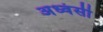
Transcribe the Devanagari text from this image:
अध्वंसी